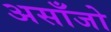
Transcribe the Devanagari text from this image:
असाँजो